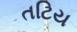
તટિય